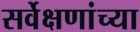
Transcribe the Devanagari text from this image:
सर्वेक्षणांच्या